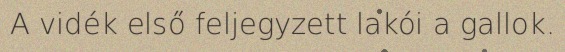
A vidék első feljegyzett lakói a gallok.